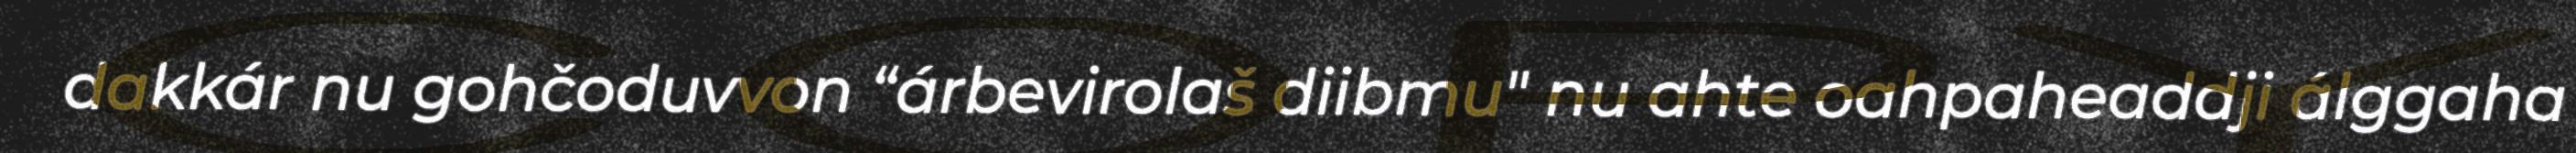
dakkár nu gohčoduvvon “árbevirolaš diibmu" nu ahte oahpaheaddji álggaha